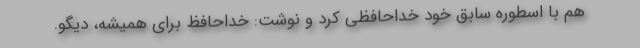
هم با اسطوره سابق خود خداحافظی کرد و نوشت: خداحافظ برای همیشه، دیگو.